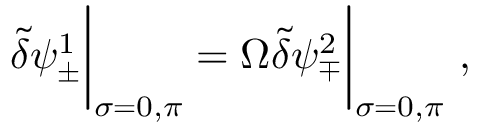
\tilde { \delta } \psi _ { \pm } ^ { 1 } \bigg | _ { \sigma = 0 , \pi } = \Omega \tilde { \delta } \psi _ { \mp } ^ { 2 } \bigg | _ { \sigma = 0 , \pi } ~ ,